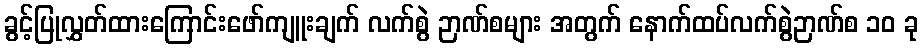
ခွင့်ပြုလွှတ်ထားကြောင်းဖော်ကျူးချက် လက်စွဲ ဉာဏ်စများ အတွက် နောက်ထပ်လက်စွဲဉာဏ်စ ၁၀ ခု